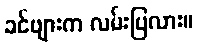
ခင်ဗျားက လမ်းပြလား။